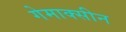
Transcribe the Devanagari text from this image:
गेमाक्सीन